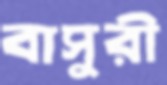
বাসুরী